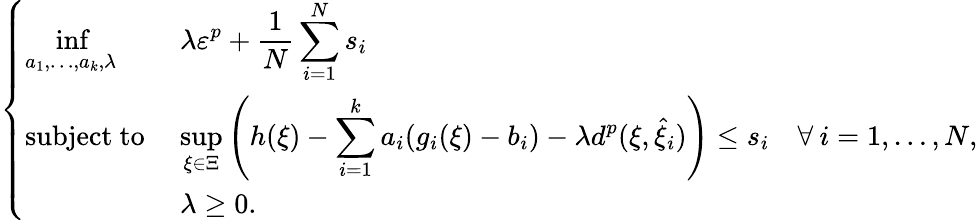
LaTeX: \left\{ \begin{array}{lll}{{\displaystyle\operatorname*{inf}_{a_{1},\ldots,a_{k},\lambda}}}&{{\displaystyle\lambda\varepsilon^{p}+\frac{1}{N}\sum_{i=1}^{N}s_{i}}}\\ {\mathrm{subject~to~}}&{{\displaystyle\operatorname*{sup}_{\xi\in\Xi}\left(h(\xi)-\sum_{i=1}^{k}a_{i}(g_{i}(\xi)-b_{i})-\lambda d^{p}(\xi,\widehat{\xi}_{i})\right)\leq s_{i}}}&{\forall\: i=1,\ldots,N,}\\ &{\lambda\geq 0.}\end{array}\right.